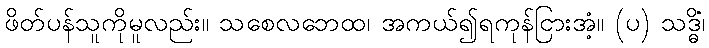
ဖိတ်ပန်သူကိုမူလည်း။ သစေလဘေထ၊ အကယ်၍ရကုန်ငြားအံ့။ (ပ) သဒ္ဓိံ၊